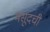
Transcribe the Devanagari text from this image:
मसूदची